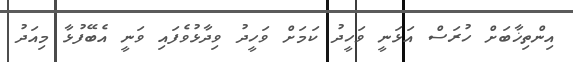
އިންތިޚާބަށް ހުރަސް އަޅަނީ ވަހީދު ކަމަށް ވަހީދު ވިދާޅުވެފައި ވަނީ އެބޭފުޅާ މިއަދު